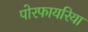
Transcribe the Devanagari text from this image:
पोरफायरिया